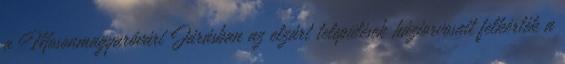
a Mosonmagyaróvári Járásban az elzárt települések háziorvosait felkérték a